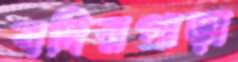
বদিরপাড়া